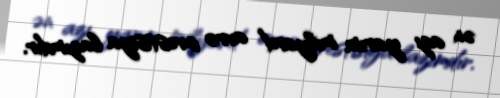
ən azı yarım milyard avro investisiya lazımdır.